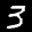
Label: 3